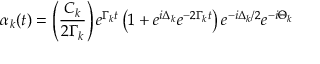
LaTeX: \alpha _ { k } ( t ) = \left( \frac { C _ { k } } { 2 \Gamma _ { k } } \right) e ^ { \Gamma _ { k } t } \left( 1 + e ^ { i \Delta _ { k } } e ^ { - 2 \Gamma _ { k } t } \right) e ^ { - i \Delta _ { k } / 2 } e ^ { - i \Theta _ { k } }